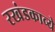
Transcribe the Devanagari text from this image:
रखंडकाव्ये